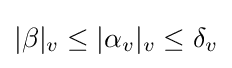
|\beta |_{v}\leq |\alpha _{v}|_{v}\leq \delta _{v}